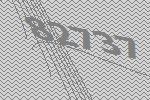
82737